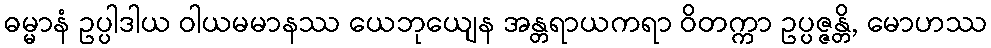
ဓမ္မာနံ ဥပ္ပါဒါယ ဝါယမမာနဿ ယေဘုယျေန အန္တရာယကရာ ဝိတက္ကာ ဥပ္ပဇ္ဇန္တိ, မောဟဿ